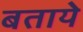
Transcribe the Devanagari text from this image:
बतायेे